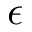
\epsilon